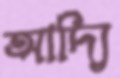
আদ্যি